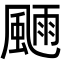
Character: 𩗿